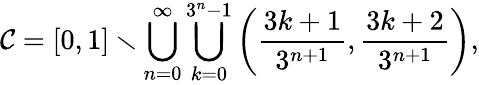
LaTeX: {\mathcal{C}}=[0,1]\smallsetminus\bigcup_{n=0}^{\infty}\bigcup_{k=0}^{3^{n}-1}\left({\frac{3k+1}{3^{n+1}}},{\frac{3k+2}{3^{n+1}}}\right),